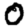
Digit: 0